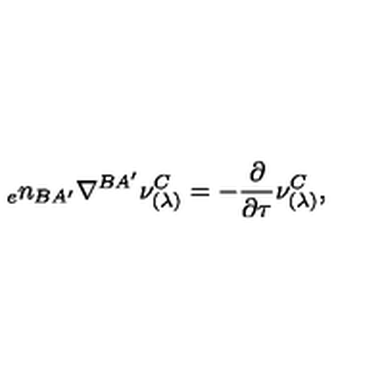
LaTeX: { _ { e } n _ { B A ^ { \prime } } } \nabla ^ { B A ^ { \prime } } \nu _ { ( \lambda ) } ^ { C } = - { \frac { \partial } { \partial \tau } } \nu _ { ( \lambda ) } ^ { C } ,